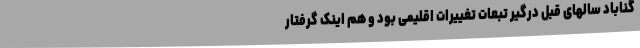
گناباد سالهای قبل درگیر تبعات تغییرات اقلیمی بود و هم اینک گرفتار